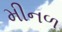
મીનળ